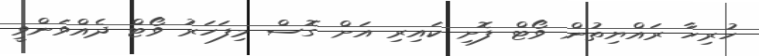
ހުރިހާ ރައްޔިތުން ވޯޓް ފޮށި ކައިރި އަށް ގޮސް މިފަހަރު ވޯޓް ދެއްވަންވީ